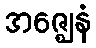
အဇ္ဈေနံ